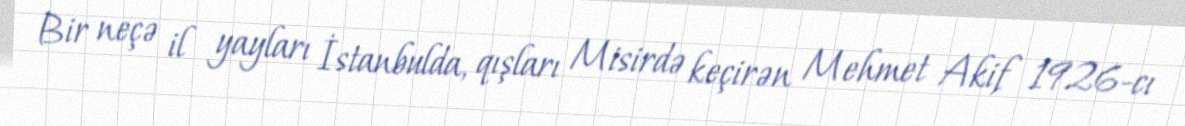
Bir neçə il yayları İstanbulda, qışları Misirdə keçirən Mehmet Akif 1926-cı